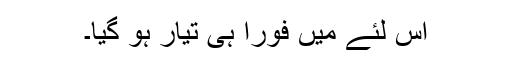
اس لئے میں فوراً ہی تیار ہو گیا۔